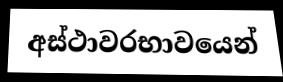
අස්ථාවරභාවයෙන්